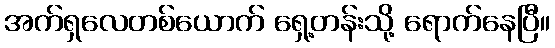
အက်ရှလေတစ်ယောက် ရှေ့တန်းသို့ ရောက်နေပြီ။